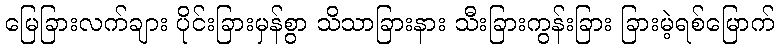
မြေခြားလက်ချား ပိုင်းခြားမှန်စွာ သိသာခြားနား သီးခြားကွန်းခြား ခြားမဲ့ရစ်မြောက်